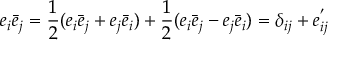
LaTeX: e _ { i } \bar { e } _ { j } = \frac { 1 } { 2 } ( e _ { i } \bar { e } _ { j } + e _ { j } \bar { e } _ { i } ) + \frac { 1 } { 2 } ( e _ { i } \bar { e } _ { j } - e _ { j } \bar { e } _ { i } ) = \delta _ { i j } + e _ { i j } ^ { ' }